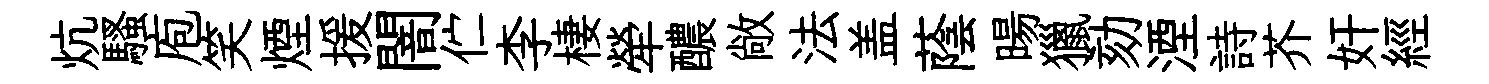
炕騷庖笑煙援闇伫李棲犖醲敞法盖蔭暘獵劾湮詩芥奸經